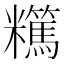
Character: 𥽪